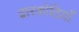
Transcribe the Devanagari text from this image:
द्वारकोठियाँ